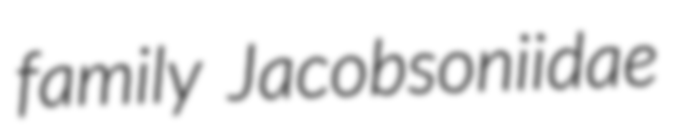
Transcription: family Jacobsoniidae